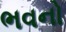
ભવનો